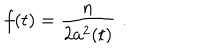
f ( t ) = { \frac { n } { 2 a ^ { 2 } ( t ) } } \, \, .